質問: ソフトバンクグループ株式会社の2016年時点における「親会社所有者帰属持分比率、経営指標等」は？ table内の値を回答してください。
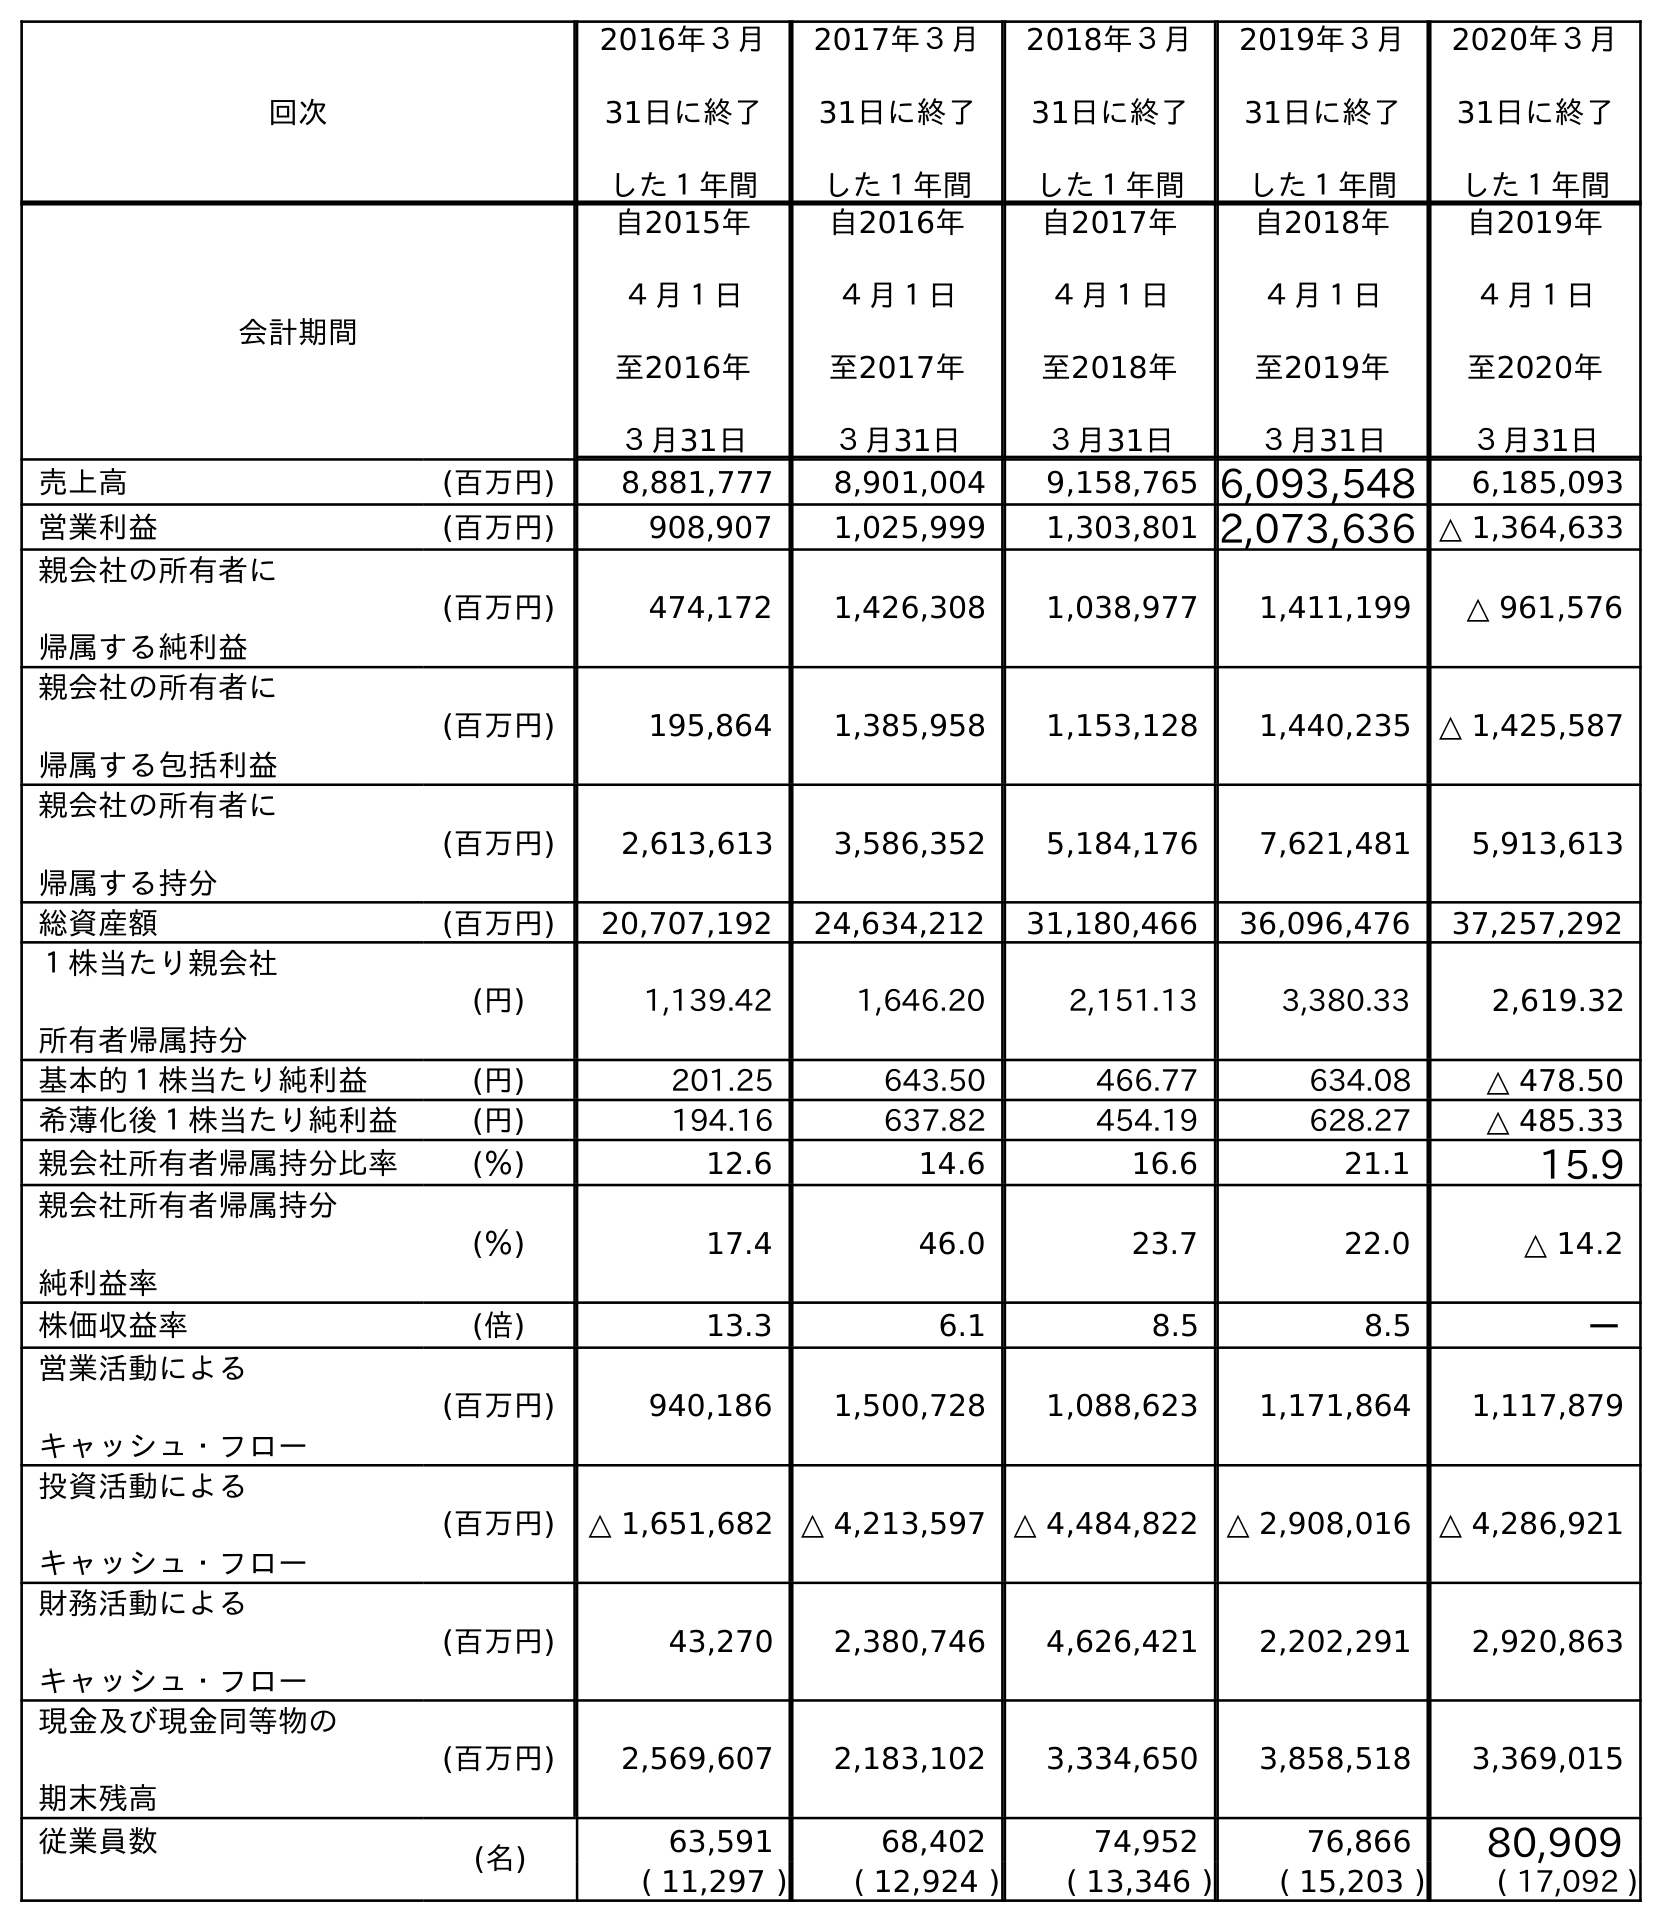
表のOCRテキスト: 回次 2016年３月 31日に終了 した１年間 2017年３月 31日に終了 した１年間 2018年３月 31日に終了 した１年間 2019年３月 31日に終了 した１年間 2020年３月 31日に終了 した１年間 会計期間 自2015年 ４月１日 至2016年 ３月31日 自2016年 ４月１日 至2017年 ３月31日 自2017年 ４月１日 至2018年 ３月31日 自2018年 ４月１日 至2019年 ３月31日 自2019年 ４月１日 至2020年 ３月31日 売上高 (百万円) 8,881,777 8,901,004 9,158,765 6,093,548 6,185,093 営業利益 (百万円) 908,907 1,025,999 1,303,801 2,073,636 △ 1,364,633 親会社の所有者に 帰属する純利益 (百万円) 474,172 1,426,308 1,038,977 1,411,199 △ 961,576 親会社の所有者に 帰属する包括利益 (百万円) 195,864 1,385,958 1,153,128 1,440,235 △ 1,425,587 親会社の所有者に 帰属する持分 (百万円) 2,613,613 3,586,352 5,184,176 7,621,481 5,913,613 総資産額 (百万円) 20,707,192 24,634,212 31,180,466 36,096,476 37,257,292 １株当たり親会社 所有者帰属持分 (円) 1,139.42 1,646.20 2,151.13 3,380.33 2,619.32 基本的１株当たり純利益 (円) 201.25 643.50 466.77 634.08 △ 478.50 希薄化後１株当たり純利益 (円) 194.16 637.82 454.19 628.27 △ 485.33 親会社所有者帰属持分比率 (％) 12.6 14.6 16.6 21.1 15.9 親会社所有者帰属持分 純利益率 (％) 17.4 46.0 23.7 22.0 △ 14.2 株価収益率 (倍) 13.3 6.1 8.5 8.5 － 営業活動による キャッシュ・フロー (百万円) 940,186 1,500,728 1,088,623 1,171,864 1,117,879 投資活動による キャッシュ・フロー (百万円) △ 1,651,682 △ 4,213,597 △ 4,484,822 △ 2,908,016 △ 4,286,921 財務活動による キャッシュ・フロー (百万円) 43,270 2,380,746 4,626,421 2,202,291 2,920,863 現金及び現金同等物の 期末残高 (百万円) 2,569,607 2,183,102 3,334,650 3,858,518 3,369,015 従業員数 (名) 63,591 68,402 74,952 76,866 80,909 ( 11,297 ) ( 12,924 ) ( 13,346 ) ( 15,203 ) ( 17,092 )
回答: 12.6